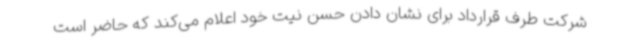
شرکت طرف قرارداد برای نشان دادن حسن نیت خود اعلام می‌کند که حاضر است